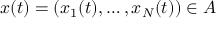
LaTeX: x ( t ) = ( x _ { 1 } ( t ) , \ldots , x _ { N } ( t ) ) \in A